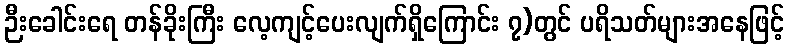
ဉီးခေါင်းရေ တန်ခိုးကြီး လေ့ကျင့်ပေးလျက်ရှိကြောင်း ၇)တွင် ပရိသတ်များအနေဖြင့်